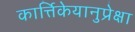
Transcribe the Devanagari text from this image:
कार्त्तिकेयानुप्रेक्षा